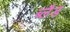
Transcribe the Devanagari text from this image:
ब्लैड